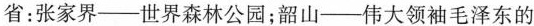
省：张家界--世界森林公园；韶山--伟大领袖毛泽东的